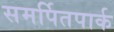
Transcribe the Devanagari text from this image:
समर्पितपार्क